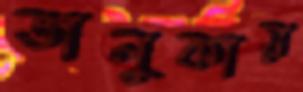
ভালুকায়